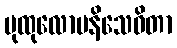
ပုထုလောမနိသေဝိတာ